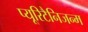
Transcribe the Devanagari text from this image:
प्यूरिटैनिजन्म